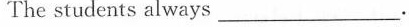
The students always ___ 。